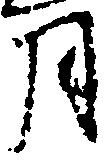
月